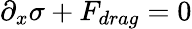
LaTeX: \partial_{x}\sigma+F_{drag}=0